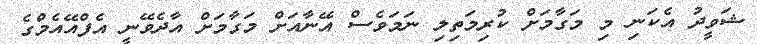
ޝަވީދު އެކަނި މި މަގާމަށް ކުރިމަތިލި ނަމަވެސް އޭނާއަށް މަގާމަށް އާދެވޭނީ އެފްއޭއެމްގެ